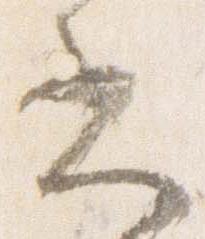
書